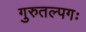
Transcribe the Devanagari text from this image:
गुरुतल्पगः